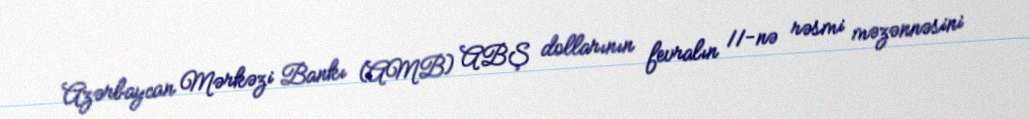
Azərbaycan Mərkəzi Bankı (AMB) ABŞ dollarının fevralın 11-nə rəsmi məzənnəsini